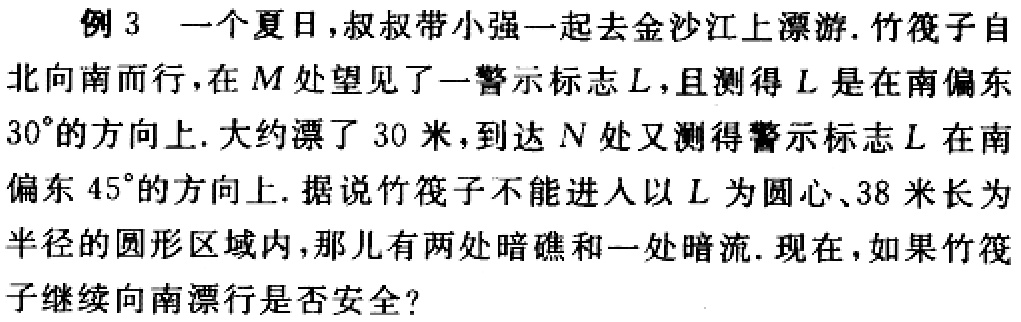
例 3 一个夏日，叔叔带小强一起去金沙江上漂游. 竹筏子自北向南而行，在 \(M\) 处望见了一警示标志 \(L\)，且测得 \(L\) 是在南偏东 \(30^{\circ}\) 的方向上. 大约漂了 30 米，到达 \(N\) 处又测得警示标志 \(L\) 在南偏东 \(45^{\circ}\) 的方向上. 据说竹筏子不能进人以 \(L\) 为圆心、38 米长为半径的圆形区域内，那儿有两处暗礁和一处暗流. 现在，如果竹筏子继续向南漂行是否安全？